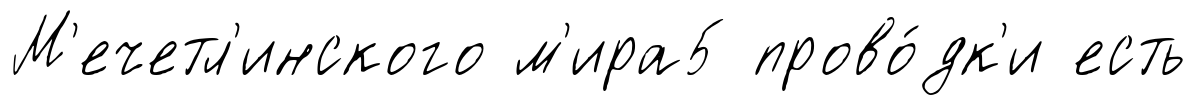
М'ечетл'инского м'ира5 прово́дк'и есть